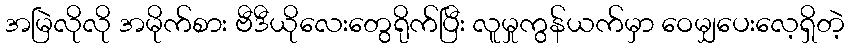
အမြဲလိုလို အမိုက်စား ဗီဒီယိုလေးတွေရိုက်ပြီး လူမှုကွန်ယက်မှာ ဝေမျှပေးလေ့ရှိတဲ့